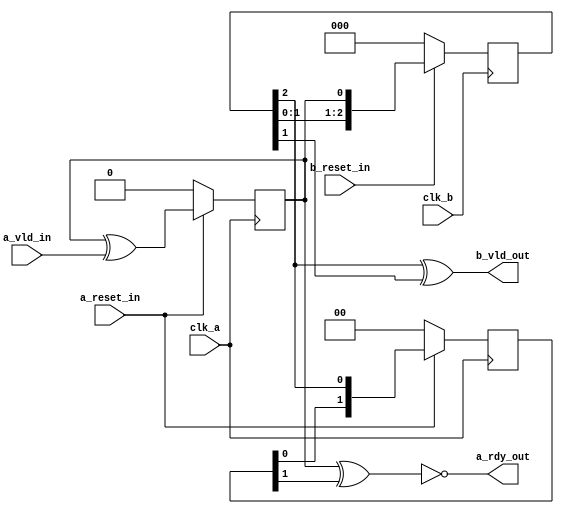
`timescale 1ns / 1ps
//////////////////////////////////////////////////////////////////////////////////
// 
// Module Name: sync_with_ack
// Project Name: 
// Description: frequency agnostic CDC valid_in Synchronizer. valid_in pulse is passed between clock domains, regardless of frequency. Upstream clock_domain receives ack once downstream clock_domain is finished.
// 
//////////////////////////////////////////////////////////////////////////////////

module sync_with_ack(
    input clk_a,
    input a_reset_in,
    //
    input a_vld_in,
    output a_rdy_out,
    //
    //
    input clk_b,
    input b_reset_in,
    //
    output b_vld_out
);

// signal area BEGIN
reg FlagToggle_clkA;
reg [2:0] reg_SyncA_shift;
reg [1:0] reg_SyncB_shift;
// signal area END


// assign area BEGIN
assign b_vld_out = (reg_SyncA_shift[2] ^ reg_SyncA_shift[1]);
assign a_rdy_out = !(FlagToggle_clkA ^ reg_SyncB_shift[1]);
// assign area END


// always block area BEGIN
always @(posedge clk_a) begin
    if (~a_reset_in)
        FlagToggle_clkA <= 0;
    else
        FlagToggle_clkA <= FlagToggle_clkA ^ (a_vld_in);
end

always @(posedge clk_b) begin
    if (~b_reset_in)
        reg_SyncA_shift <= 0;
    else 
        reg_SyncA_shift <= {reg_SyncA_shift[1:0], FlagToggle_clkA};
end

always @(posedge clk_a) begin
    if (~a_reset_in)
        reg_SyncB_shift <= 0;
    else 
        reg_SyncB_shift <= {reg_SyncB_shift[0], reg_SyncA_shift[2]};
end
// always block area END

endmodule